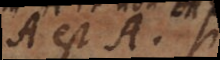
A est A. Si